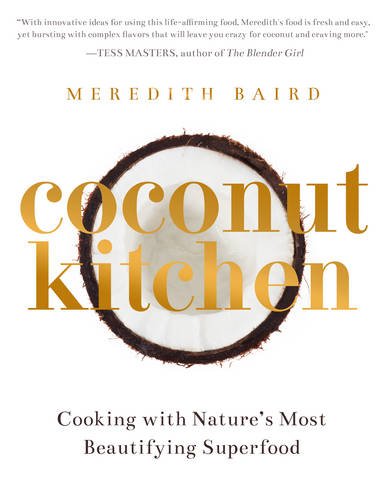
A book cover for Coconut Kitchen: Nature's Most Beautifying Superfood; Meredith Baird; Cookbooks, Food & Wine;